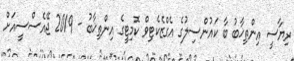
ރިޔާސީ އިންތިޚާބު ބާ ކައުންސިލުގެ އެގްޒެކެޓިވް ކޮމިޓީގެ އިންތިޚާބު - 2019 ޖޭއެސްސީއަށް